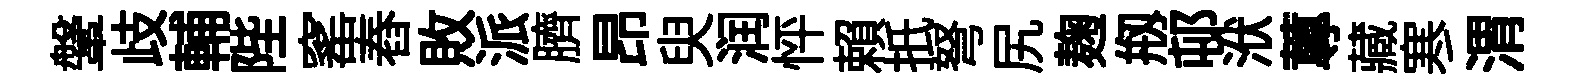
鞶歧輔陛窰舂敗派臍昂臾润怦賴扺弩尻麹剏邨洑蓴藏寒渭